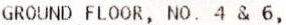
GROUND FLOOR, NO. 4 & 6,